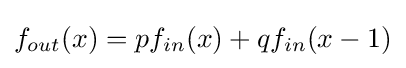
f_{out}(x)=pf_{in}(x)+qf_{in}(x-1)